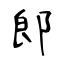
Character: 郎